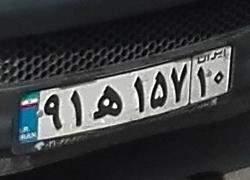
۹۱ه۱۵۷۱۰